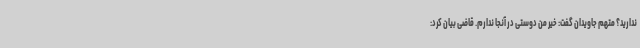
ندارید؟ متهم جاویدان گفت: خیر من دوستی در آنجا ندارم. قاضی بیان کرد: